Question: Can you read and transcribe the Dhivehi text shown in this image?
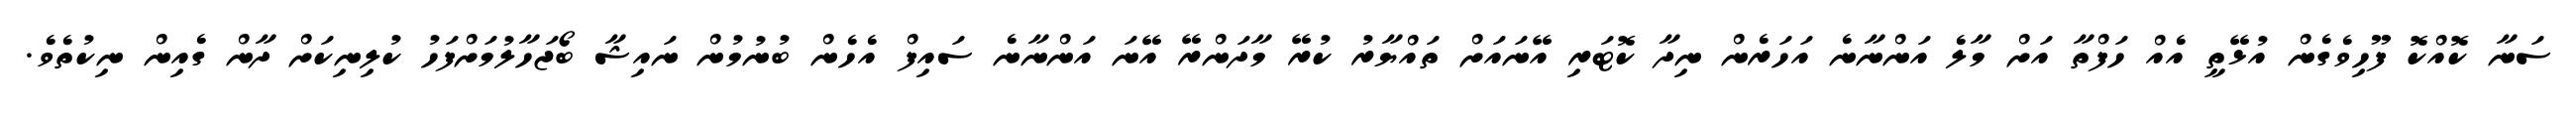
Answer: ސަނާ ކޮއްކޮ ފޫހިވެގެން އުޅޭތީ އެއް ހަފްތާ އަށް މާލެ އަންނާނެ އަހަރެން ނިދާ ކޮޓަރި އޭނައަށް ތައްޔާރު ކުރޭ މާދަންރޭ އޭނަ އަންނާނެ ސައިފް އެހެން ބުނުމުން ނައިޝާ ބޯޖަހާލުމަށްފަހު ކުލިނިކަށް ދާން ގެއިން ނިކުތެވެ.